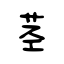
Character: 茎